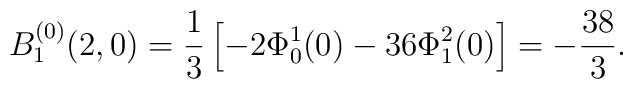
B_1^{(0)}(2,0)=\frac{1}{3}\left[-2\Phi_0^1(0)-36\Phi_1^2(0)\right]=-\frac{38}{3}.